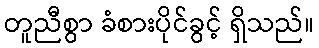
တူညီစွာ ခံစားပိုင်ခွင့် ရှိသည်။